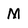
Character: M